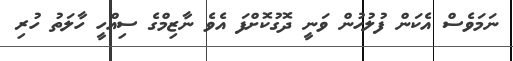
ނަމަވެސް އެކަން ފުލުހުން ވަނީ ދޮގުކޮށްފަ އެވެ ނާޒިމްގެ ސިއްހީ ހާލަތު ހުރި